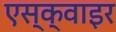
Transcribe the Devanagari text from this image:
एस्क्वाइर